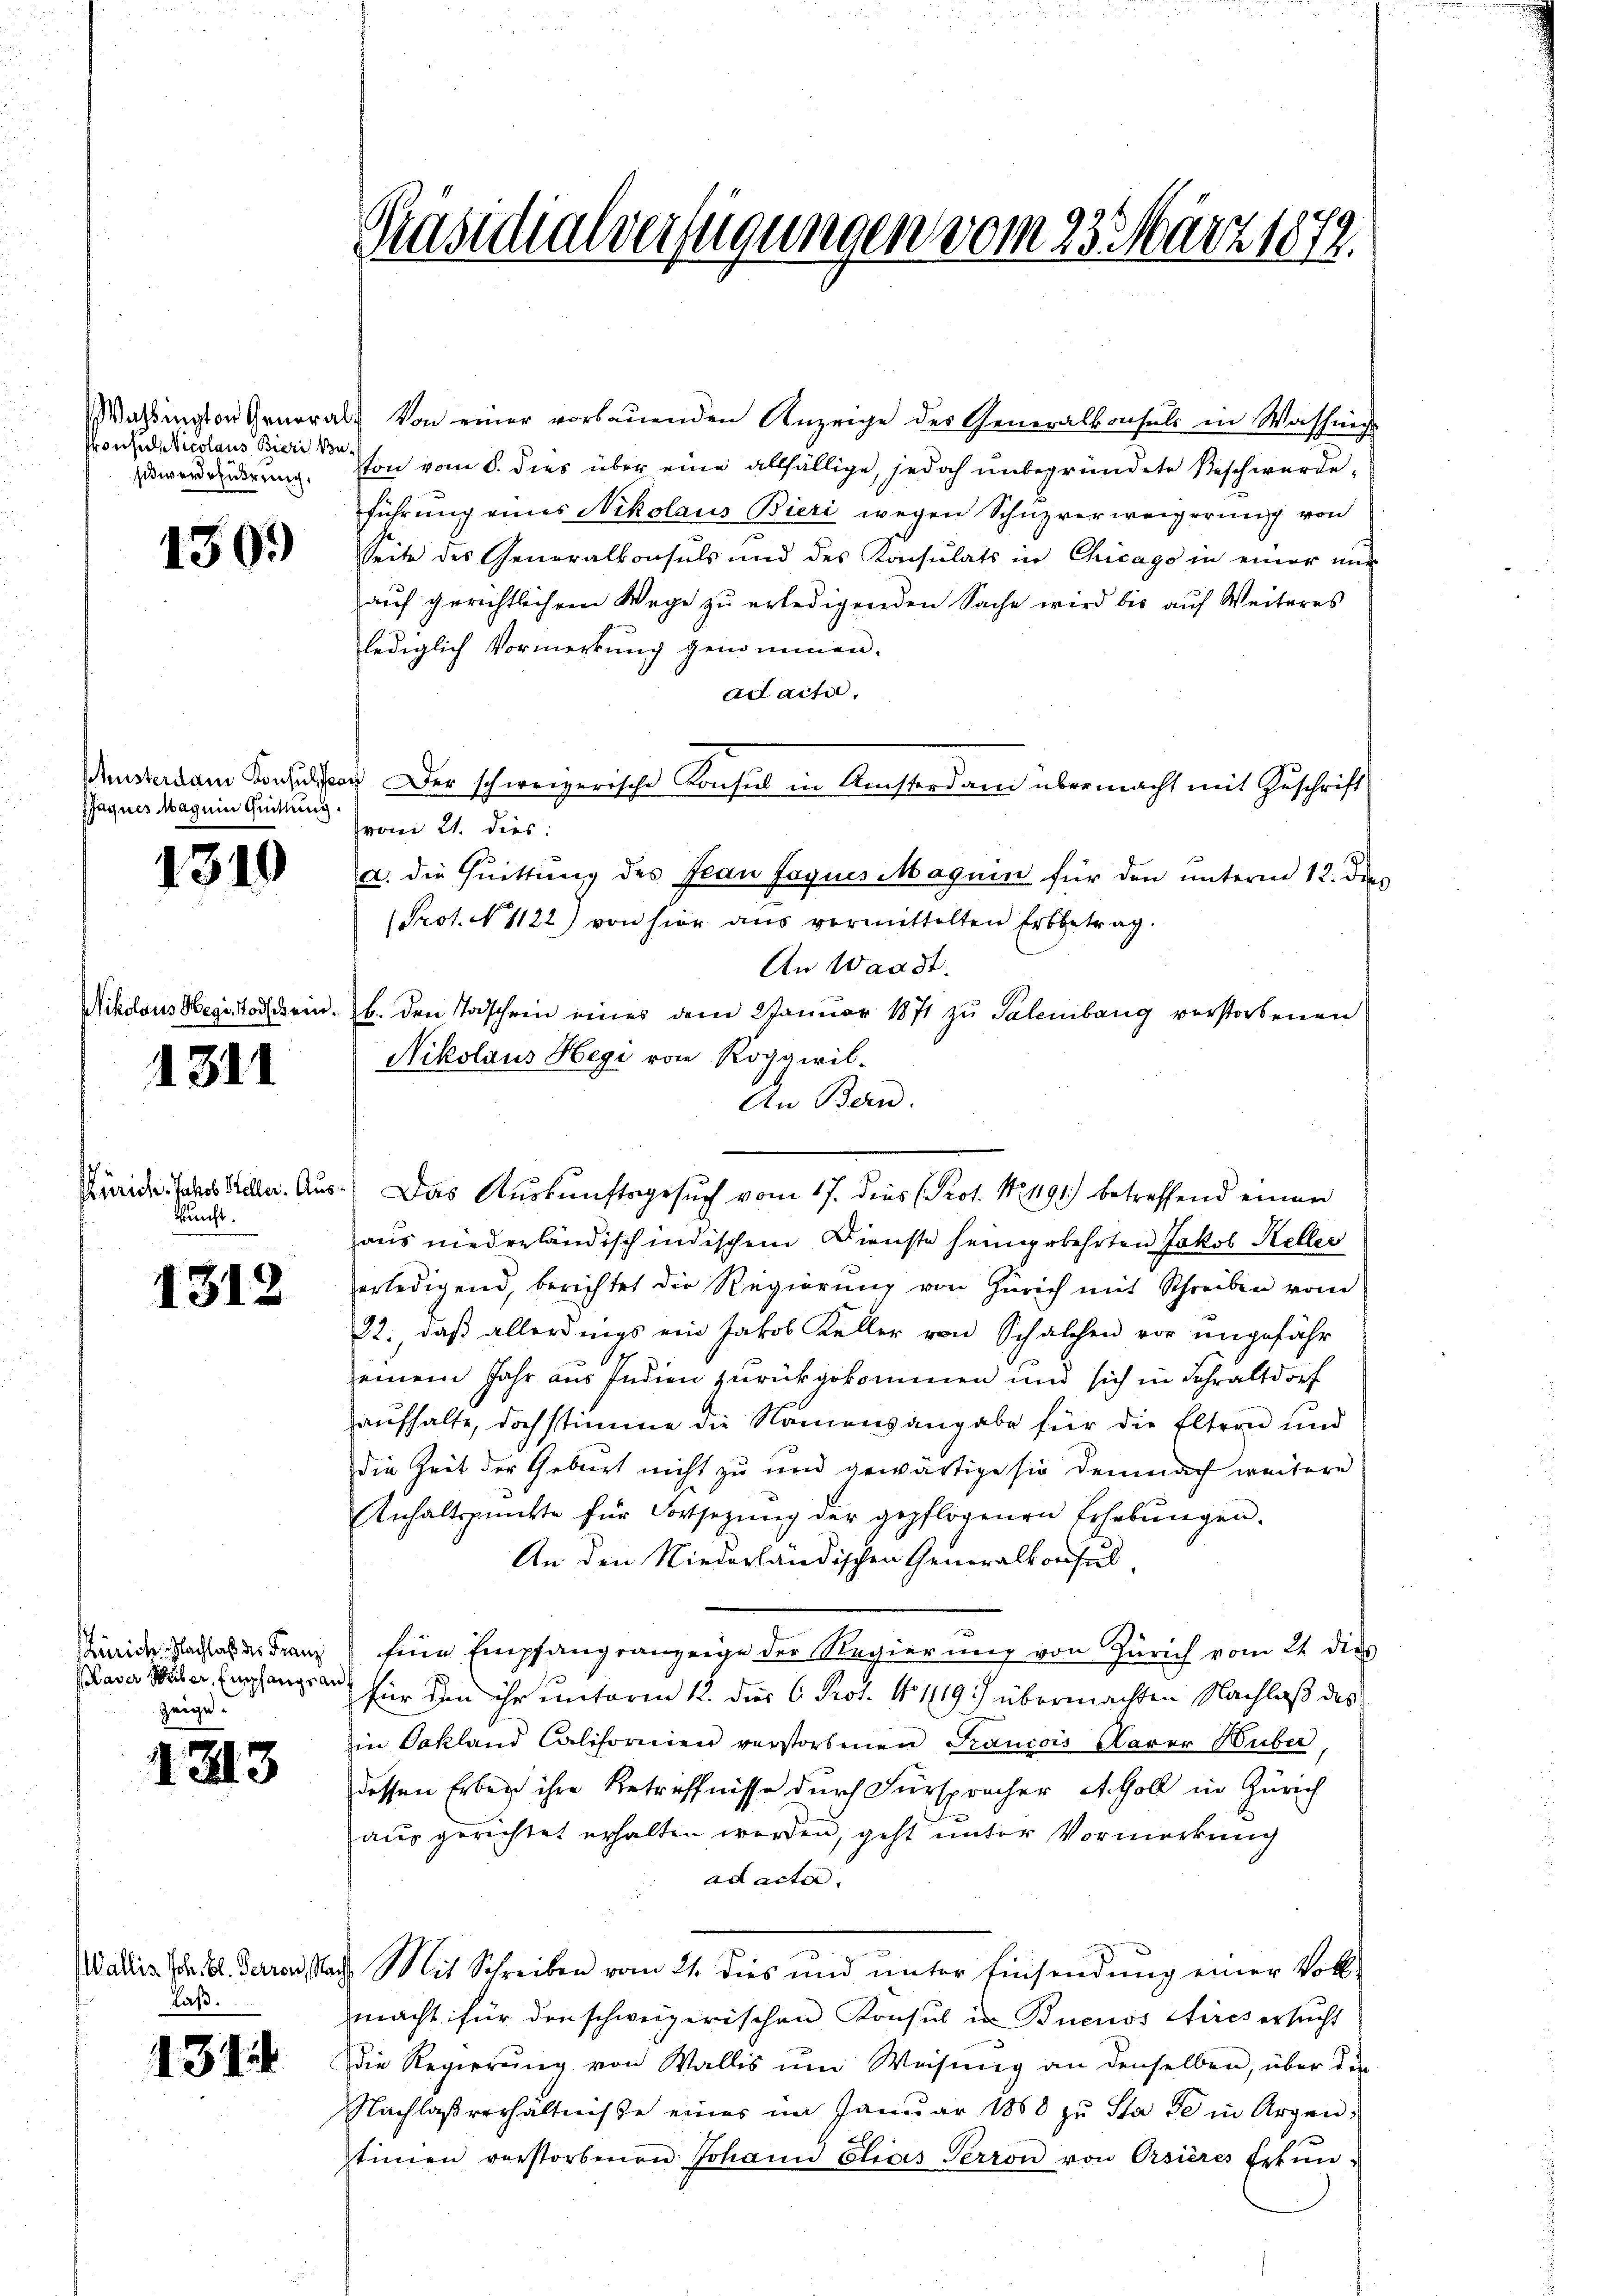
Prons Nicolaus Bieri Besitiverschierung.

Mikolaus d

130.)

fagnes Mag ein Quittung

1319

1311

Zürich. Jahob Heller. Auskuncht.

1312

Zürich. Nachlaß des Franz
aver Weiber, Empfangs auf
zeige.

1313

laß.

1314

Präsidialverfügungen vom 23. März 1872.

Wahlington General- Von einer vorbauenden Anzeige der Generalkonsuls in Washing
ton vom 8. dies über eine allfällige, jedoch unbegründete Beschwerdeführung eines Nikolaus Bieri wegen Schüzverweigerung von
Seite des Generalkonsuls und des Konsulats in Chicago in einer nur
auf gerichtlichem Wege zu erledigenden Sache wird bis auf Weiteres
lediglich Vormerkung genommen.
ad acta,
dedam Konsessor Der schweizerische Konsul in Ansterdam übermacht mit Zuschrift
vom 21. dies:
a. die Quittung des Jean Jaques Maguin für den unterm 12. dies
Prot. N. 1122) von hier aus vermittelten Erbbetrag.
An Waadt.
sege Tod ein. b. den Todschein eines dem 2 Januar 1871 zu Salembang verstorbenen
Nikolaus Hegi von Roggwil-
aus niederländisch indischem Dienste heimgekehrten Jakob Keller
erledigend, berichtet die Regierung von Zürich mit Schreiben vom
22. daß allerdings ein Jakob Keller von Schalchen vor ungefähr
einem Jahr aus Indien zurückgekommen und sich in Fehraltdorf
aufhalte, doch stimme die Namensangabe für die Eltern und
die Zeit der Geburt nicht zu und gewärtige sie demnach weitere
Anhaltspunkte für Fortsetzung der gepflogenen Erhebungen.
An den Niederländischen Generalkonsul
Eine Empfangsanzeige der Regierung von Zürich vom 24. dies
für den ihr unterm 12. dies C. Prof. No 1119.) übermachten Nachlaß des
in Vakland Californien verstorbenen Francois Aarer Huber,
dessen Erben ihre Retreffnisse durch Fürspracher St. Goll in Zürich
aus gerichtet erhalten werden, geht unter Vormerkung
ad acta.
Wallis Joh. Bl. Derren Nacht. Mit Schreiben vom 21. dies und unter Einsendung einer Vollmacht für den schweizerischen Konsul in Buenos Aires ersucht
Die Regierŭng von Wallis um Weisŭng an denselben, über die
Nachlaßverhältnisse eines im Januar 1858 zu Stade in Argentinien verstorbenen Johann Elias Terron von Orsières Erkŭn-

An Bern.
Das Auskunftsgesuch vom 17. dies (Prot. N. 1191) betreffend einen